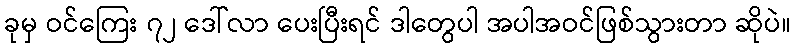
ခုမှ ဝင်ကြေး ၇၂ ဒေါ်လာ ပေးပြီးရင် ဒါတွေပါ အပါအဝင်ဖြစ်သွားတာ ဆိုပဲ။